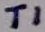
Text: T1